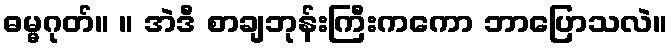
ဓမ္မဂုတ်။ ။ အဲဒီ စာချဘုန်းကြီးကကော ဘာပြောသလဲ။